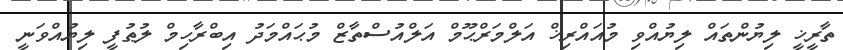
ތާރީޚީ ލިޔުންތައް ލިޔުއްވި މުއައްރިޚް އަލްމަރްޙޫމް އަލްއުސްތާޒް މުޙައްމަދު އިބްރާހިމް ލުޠުފީ ލިޔުއްވަނީ